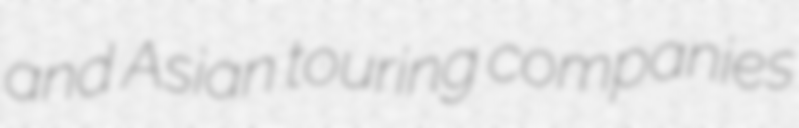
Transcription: and Asian touring companies